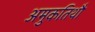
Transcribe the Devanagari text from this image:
अमुकतिथौ